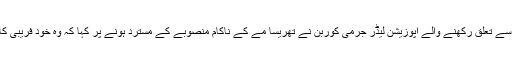
لیبر پارٹی سے تعلق رکھنے والے اپوزیشن لیڈر جرمی کوربِن نے تھریسا مے کے ناکام منصوبے کے مسترد ہونے پر کہا کہ وہ خود فریبی کا شکار ہیں۔